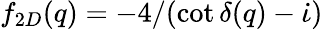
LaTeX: f_{2D}(q)=-4/(\cot\delta(q)-\dot{\iota})